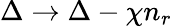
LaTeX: \Delta\rightarrow\Delta-\chi n_{r}